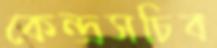
কেন্দ্রসচিব